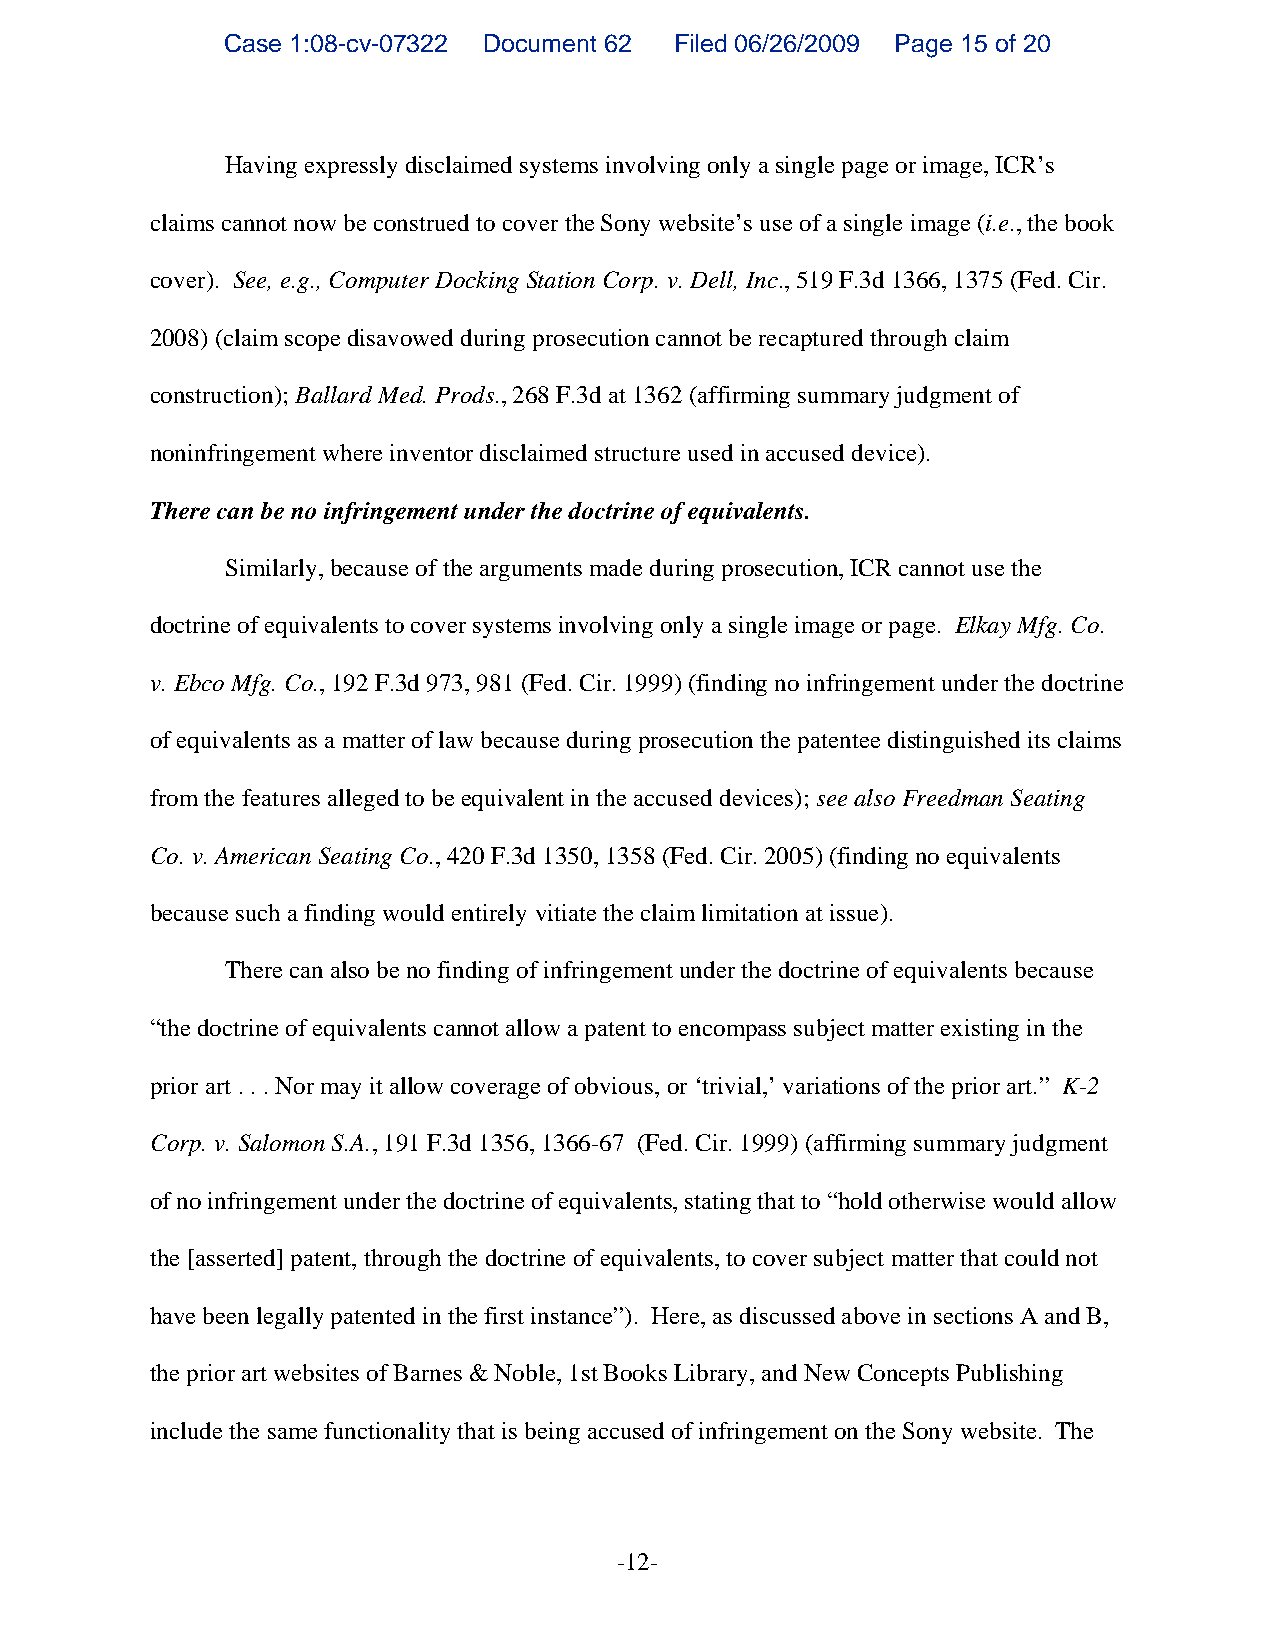
Case 1:08-cv-07322 Document 62 Filed 06/26/2009 Page 15 of 20
 Having expressly disclaimed systems involving only a single page or image, ICR’s
 claims cannot now be construed to cover the Sony website’s use of a single image (i.e., the book
 cover). See, e.g., Computer Docking Station Corp. v. Dell, Inc., 519 F.3d 1366, 1375 (Fed. Cir.
 2008) (claim scope disavowed during prosecution cannot be recaptured through claim
 construction); Ballard Med. Prods., 268 F.3d at 1362 (affirming summary judgment of
 noninfringement where inventor disclaimed structure used in accused device).
 There can be no infringement under the doctrine of equivalents.
 Similarly, because of the arguments made during prosecution, ICR cannot use the
 doctrine of equivalents to cover systems involving only a single image or page. Elkay Mfg. Co.
 v. Ebco Mfg. Co., 192 F.3d 973, 981 (Fed. Cir. 1999) (finding no infringement under the doctrine
 of equivalents as a matter of law because during prosecution the patentee distinguished its claims
 from the features alleged to be equivalent in the accused devices); see also Freedman Seating
 Co. v. American Seating Co., 420 F.3d 1350, 1358 (Fed. Cir. 2005) (finding no equivalents
 because such a finding would entirely vitiate the claim limitation at issue).
 There can also be no finding of infringement under the doctrine of equivalents because
 “the doctrine of equivalents cannot allow a patent to encompass subject matter existing in the
 prior art . . . Nor may it allow coverage of obvious, or ‘trivial,’ variations of the prior art.” K-2
 Corp. v. Salomon S.A., 191 F.3d 1356, 1366-67 (Fed. Cir. 1999) (affirming summary judgment
 of no infringement under the doctrine of equivalents, stating that to “hold otherwise would allow
 the [asserted] patent, through the doctrine of equivalents, to cover subject matter that could not
 have been legally patented in the first instance”). Here, as discussed above in sections A and B,
 the prior art websites of Barnes & Noble, 1st Books Library, and New Concepts Publishing
 include the same functionality that is being accused of infringement on the Sony website. The
 -12-